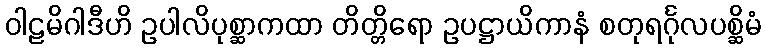
ဝါဠမိဂါဒီဟိ ဥပါလိပုစ္ဆာကထာ တိတ္တိရော ဥပဋ္ဌာယိကာနံ စတုရင်္ဂုလပစ္ဆိမံ